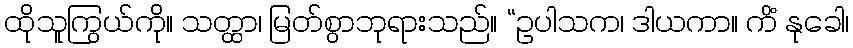
ထိုသူကြွယ်ကို။ သတ္ထာ၊ မြတ်စွာဘုရားသည်။ “ဥပါသက၊ ဒါယကာ။ ကိံ နုခေါ၊